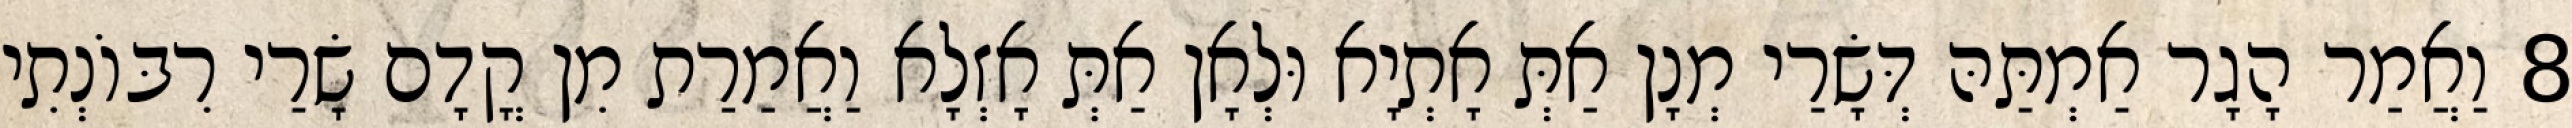
8 וַאֲמַר הָגָר אַמְתַּהּ דְּשָׂרַי מְנָן אַתְּ אָתְיָא וּלְאָן אַתְּ אָזְלָא וַאֲמַרַת מִן קֳדָם שָׂרַי רִבּוֹנְתִי